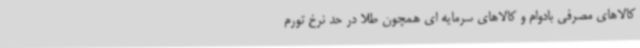
کالاهای مصرفی بادوام و کالاهای سرمایه ای همچون طلا در حد نرخ تورم